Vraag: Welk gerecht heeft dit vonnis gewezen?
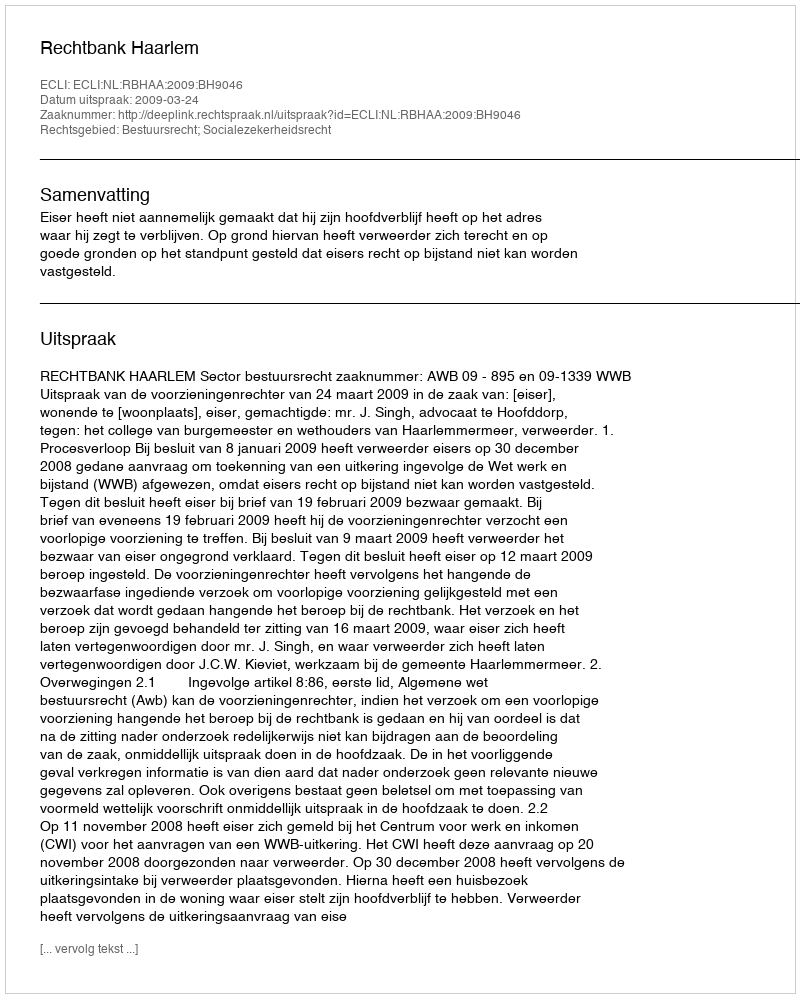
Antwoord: Rechtbank Haarlem